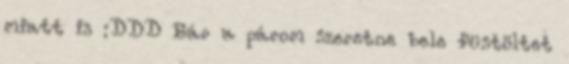
miatt is :DDD Bár a párom szeretne bele füstöltet